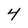
Character: 4